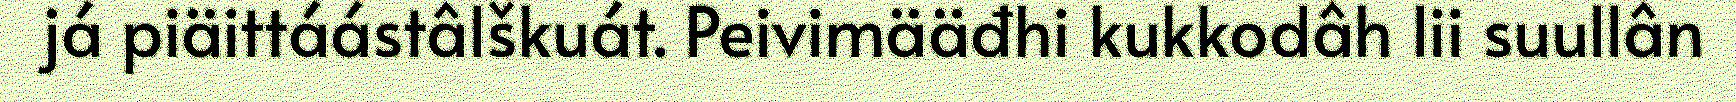
já piäittáástâlškuát. Peivimääđhi kukkodâh lii suullân